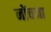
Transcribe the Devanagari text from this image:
नोंचना